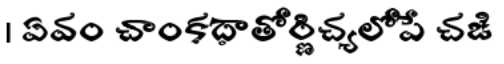
। ఏవం చాంకధాతోర్ణిచ్యలోపే చఙి